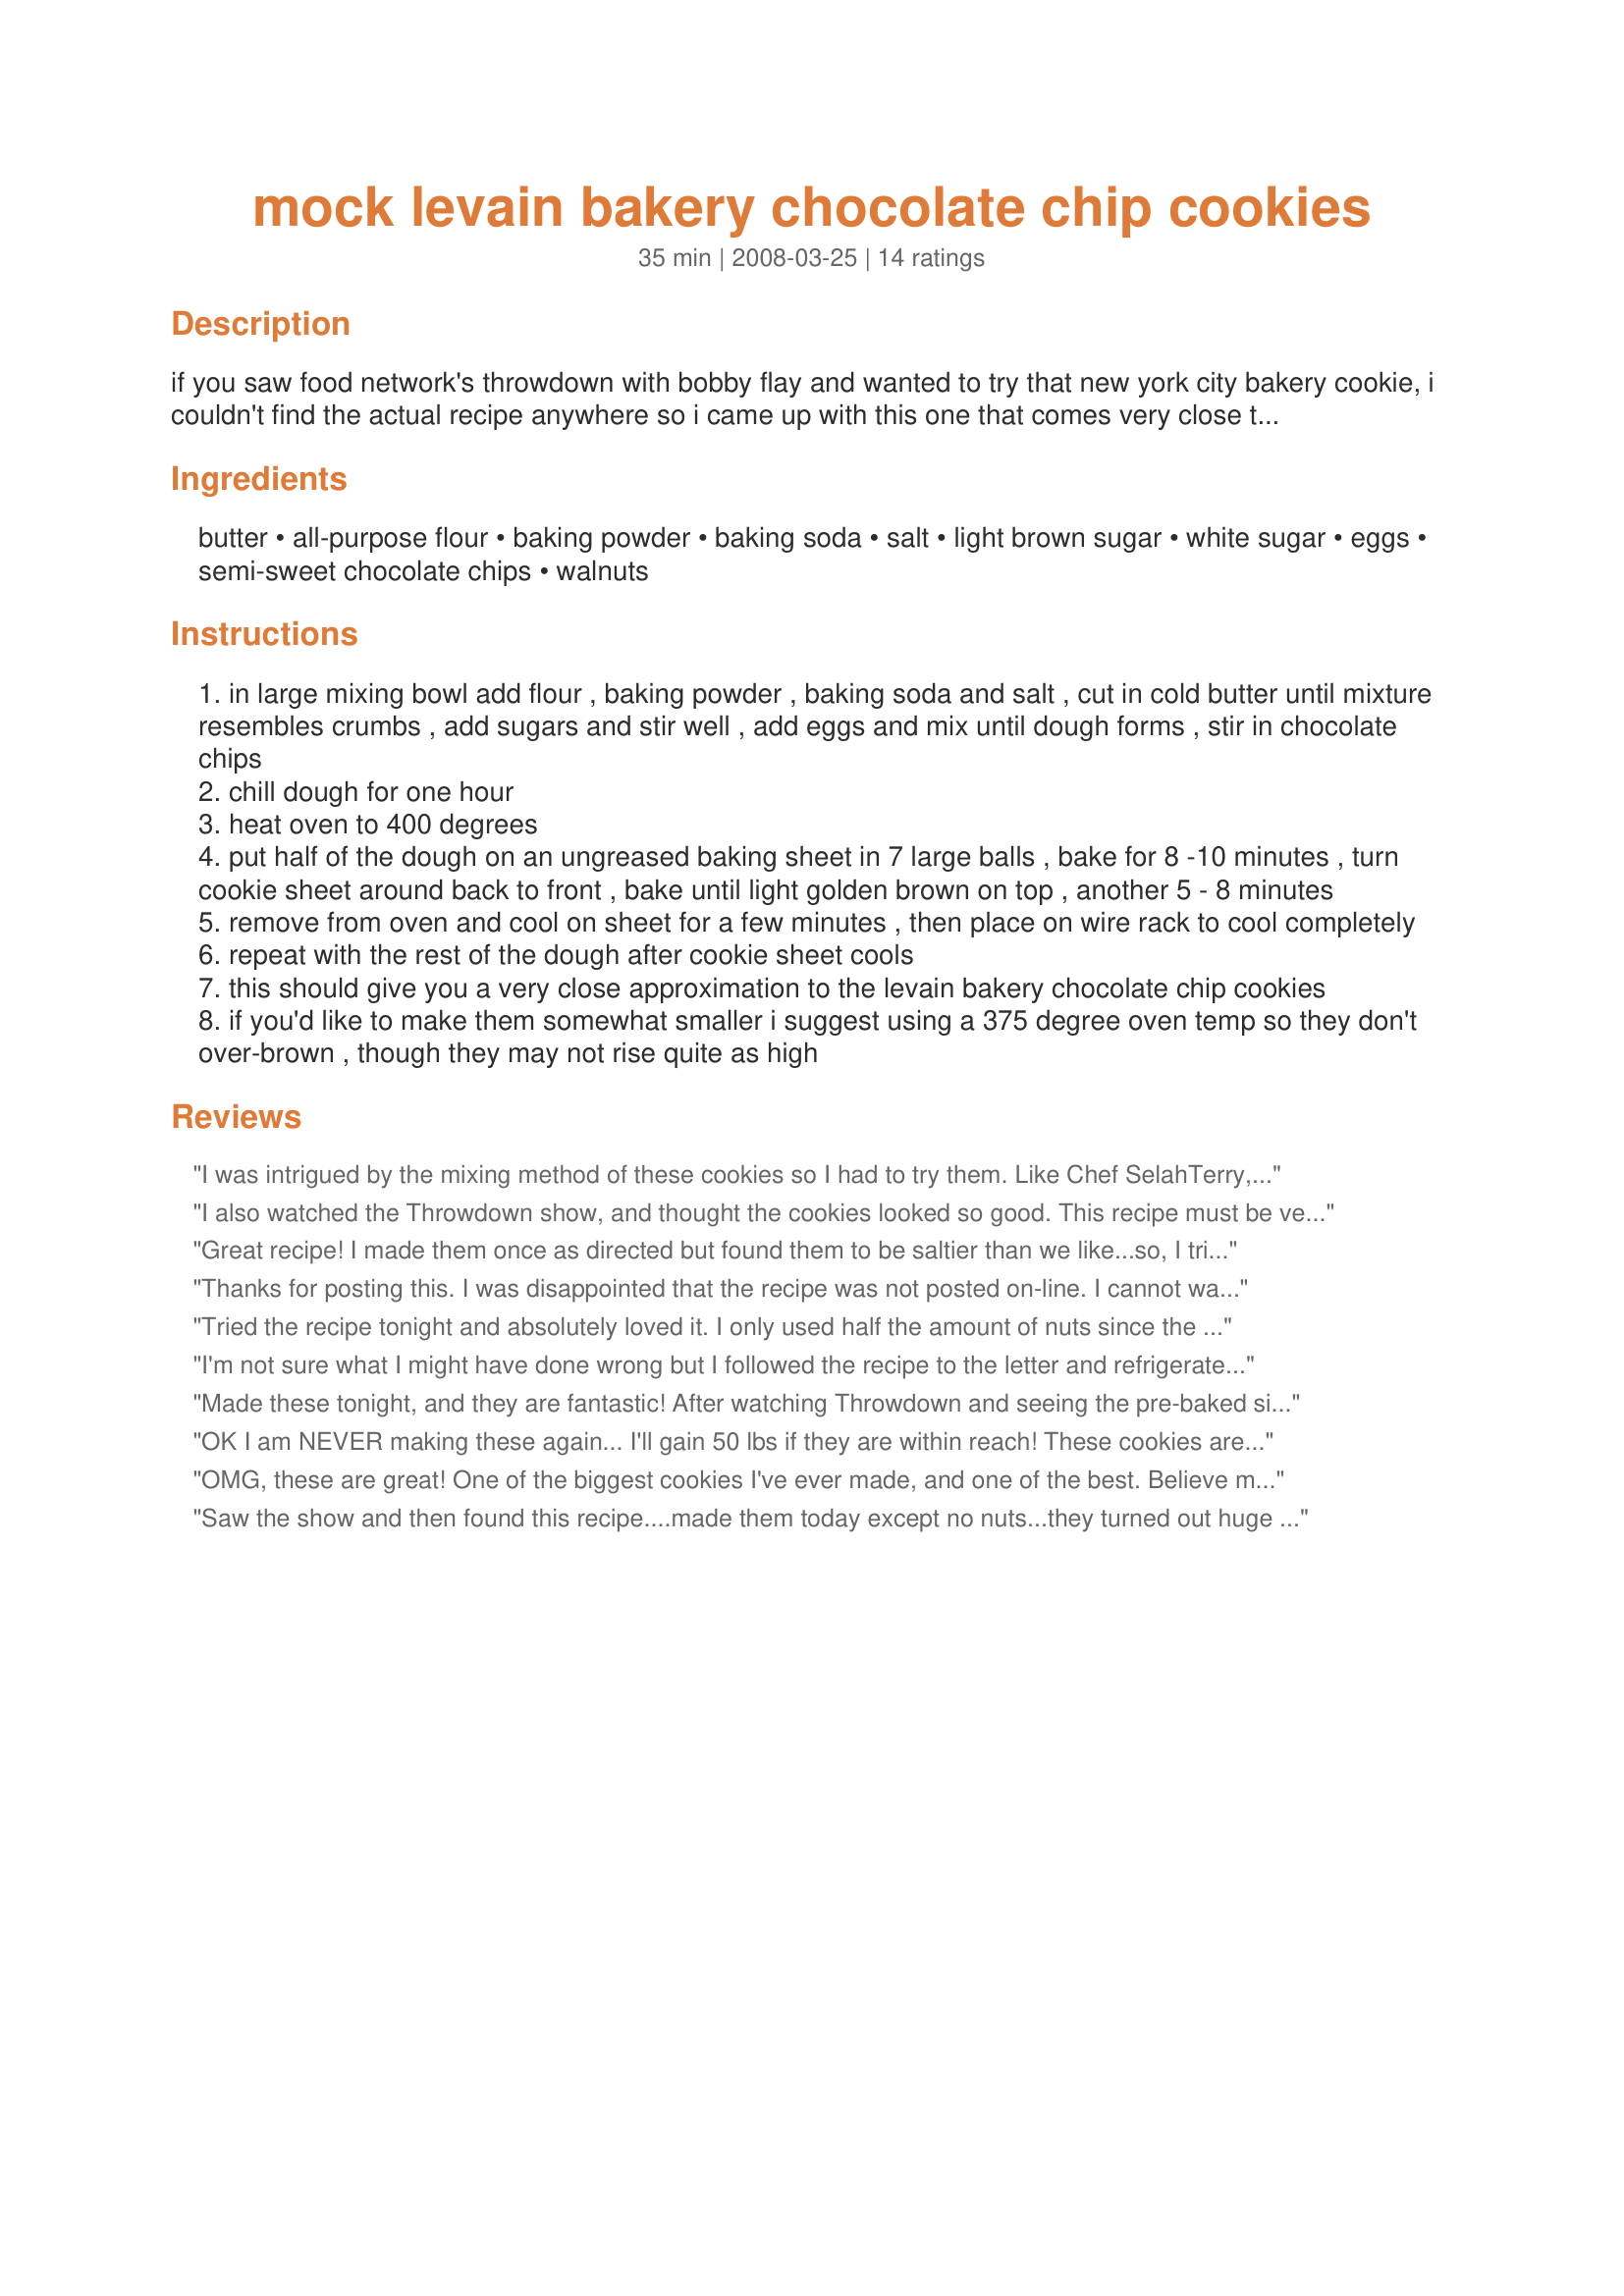
mock levain bakery chocolate chip cookies
Preparation time: 35 minutes

if you saw food network's throwdown with bobby flay and wanted to try that new york city bakery cookie, i couldn't find the actual recipe anywhere so i came up with this one that comes very close to it. bake them the shorter amount of time if you like them slightly underdone and a little gooey in the center, or the longer time for a crisper, well-done cookie.

update (9/15/10): a week ago i made a batch of these substituting margarine for the butter and they came out very flat, so i strongly suggest using only well-chilled real butter when making this recipe. enjoy!

Ingredients:
butter, all-purpose flour, baking powder, baking soda, salt, light brown sugar, white sugar, eggs, semi-sweet chocolate chips, walnuts

Steps:
in large mixing bowl add flour , baking powder , baking soda and salt , cut in cold butter until mixture resembles crumbs , add sugars and stir well , add eggs and mix until dough forms , stir in chocolate chips
chill dough for one hour
heat oven to 400 degrees
put half of the dough on an ungreased baking sheet in 7 large balls , bake for 8 -10 minutes , turn cookie sheet around back to front , bake until light golden brown on top , another 5 - 8 minutes
remove from oven and cool on sheet for a few minutes , then place on wire rack to cool completely
repeat with the rest of the dough after cookie sheet cools
this should give you a very close approximation to the levain bakery chocolate chip cookies
if you'd like to make them somewhat smaller i suggest using a 375 degree oven temp so they don't over-brown , though they may not rise quite as high

Reviews:
I was intrigued by the mixing method of these cookies so I had to try them. Like Chef SelahTerry, my cookies were rather flat & they didn't set very easily--I had to bake them to a crisp in order to get them done. Still they were VERY tasty! Next time I will make them bigger; perhaps I made them too small. I will keep this recipe for when I want yummy cookies but don't want to get out the mixer!
I also watched the Throwdown show, and thought the cookies looked so good. This recipe must be very close, as the cookies look just like the ones on the show! I goofed, and mixed the sugars with the flour mixture before adding the butter, but it didn't seem to make any difference. Since I was in a hurry,.. ( son #2 was due home any minute), I didn't put the dough in the fridge. Despite that, the cookies turned out SO scrumptious! Thanks for the recipe!
Great recipe! I made them once as directed but found them to be saltier than we like...so, I tried them again, eliminated the salt and added a couple of dashes of cinnamon and a some vanilla (approx 1 tsp), great again!
Thanks for posting this. I was disappointed that the recipe was not posted on-line. I cannot wait to try them.
Tried the recipe tonight and absolutely loved it. I only used half the amount of nuts since the girls in the family love nuts and the boys don't so we compromised. It still came out great. Good job.
I'm not sure what I might have done wrong but I followed the recipe to the letter and refrigerated over night and the cookies still spread and were not cooked all the way in the middle. The taste was good but I will not make again.
Made these tonight, and they are fantastic! After watching Throwdown and seeing the pre-baked size of each cookie on the baking sheet (they looked to be nearly the size of baseballs), I decided to make 6 cookies out of each half of the batter instead of 7. This worked out great, because 6 fit perfectly on my baking sheet. Cooked them for 8 minutes, then turned the cookie sheet around and cooked for 8 more, and voila! The size after baking looked just like the ones on Throwdown! And, wow, were they tasty! I will make these cookies again and again.
OK I am NEVER making these again... I'll gain 50 lbs if they are within reach! These cookies are DELICIOUS. I'm NOT a fan of the traditional Tollhouse recipe and always wanted to know how to make big bakery style cookies. These are them. If you bake according to the lower time settings (I did 8 minutes and 5 minutes) then they come out perfectly crisp and chewy on the outside and soft and gooey on the inside. FABULOUS. I used jumbo chocolate chips for these, which I think made all the difference... you get a big mouthful of chocolate with each bite. I will say though that I prefer a saltier cookie, so IF I do make these again (for a special occasion LOL) then I will add another 1/2 teaspoon salt. Oh, and yes, I too saw the Throwdown episode and couldn't get over how huge these cookies are! Just great... give em a try! PS - I was surprised that there was no vanilla extract in the cookie dough... but I didn't miss it! It made the chocolate flavor more pronounced!
OMG, these are great! One of the biggest cookies I've ever made, and one of the best. Believe me, you'll want to eat more than one, but they are very rich, so don't do it!! Besides, with only 14 cookies, you want them to last as long as they can! Really, really good, ghostlyvision. Tnx for posting.
Saw the show and then found this recipe....made them today except no nuts...they turned out huge and gorgeous and tasted good, but they really were more like a muffin or cake consistency inside rather than a cookie....that was disappointing...what did I do wrong? :(
These are great...I baked them at 375,Used Nestle chocolate chunks instead of chips and they were excellent.
I threw in some vanilla and chopped pecans. PERFECT! :) <br/>UPDATE: Made these again today, doubled the recipe: Unsalted butter; chopped pecans & Nestle semi-sweet morsels; vanilla butternut flavor. Refrigerate dough in formed balls size of tangerines for one hour prior to baking. This way they're ready to pull and place on silicone baking sheets. Remember to keep other balls cold while first cookies are baking. Voila! Best choc-chip cookies on the planet!! Thanks, Levain Bakery ladies, for modeling cookie perfection!!
Thank you SO much for this recipe! They look just like the ones from the bakery and are so incredibly yummy!
Iv had the real cookies from Levain in Manhattan and these are pretty darn close. They taste great, are super easy to make, and they look pretty darn close to the real thing. Although, 400 degrees was a little high for my oven because the first batch was a little dark on the bottoms, so I lowered the temp. I would also try milk chocolate because the cookies arn't that sweet to begin with and the semi-sweet can be a little bitter. Overall, great work! Thanks soooo much for this recipe!
